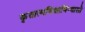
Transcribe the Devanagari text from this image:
कृतात्मविद्याविन्यासो